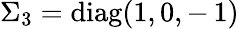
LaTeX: \Sigma_{3}=\mathrm{diag}(1,0,-\, 1)